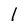
Character: l